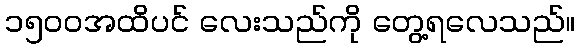
၁၅၀၀အထိပင် လေးသည်ကို တွေ့ရလေသည်။